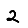
Digit: 2